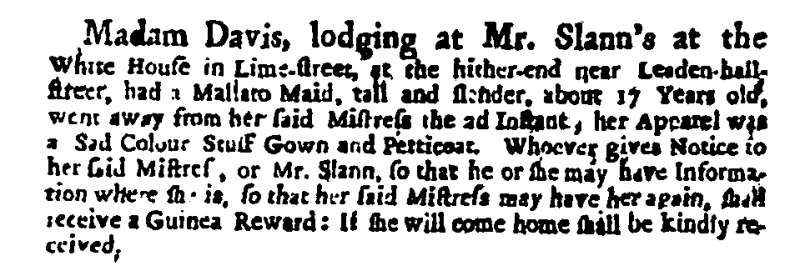
Daily Courant, 14 March 1713 (England)
Madam Davis, lodging at Mr. Slann’s at the White House in Lime-street, at the hither-end near leaden-hall-street, had a Mallato Maid, tall and slender, about 17 Years old, went away from her said Mistress the 2d Instant, her Apparel was a Sad Colour Stuff Gown and Petticoat. Whoever gives Notice to her said Mistress, or Mr. Slann, so that he or she may have Information where she is, so that her said Mistress may have her again, shall receive a Guinea Reward: If she will come home shall be kindly received.